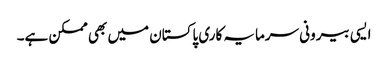
ایسی بیرونی سرمایہ کاری پاکستان میں بھی ممکن ہے۔